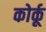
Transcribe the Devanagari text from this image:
कोर्कू